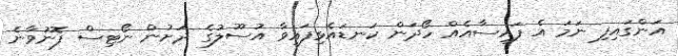
އަންގައިފި ނަމަ އެ ފައިސާއެއް ހޯދަން ކަނޑައެޅިފައިވާ އުސޫލުގެ ދަށުން ނޯޓިސް ފޮނުވާނެ